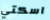
اسكتي